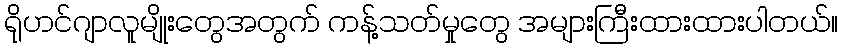
ရိုဟင်ဂျာလူမျိုးတွေအတွက် ကန့်သတ်မှုတွေ အများကြီးထားထားပါတယ်။